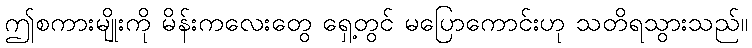
ဤစကားမျိုးကို မိန်းကလေးတွေ ရှေ့တွင် မပြောကောင်းဟု သတိရသွားသည်။